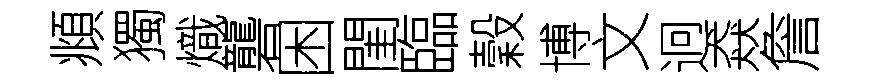
頫獨熾礱困閨臨穀博文迥猋詹